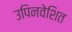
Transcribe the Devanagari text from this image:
उपिनवेशित